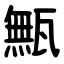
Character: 甒